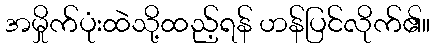
အမှိုက်ပုံးထဲသို့ထည့်ရန် ဟန်ပြင်လိုက်၏။